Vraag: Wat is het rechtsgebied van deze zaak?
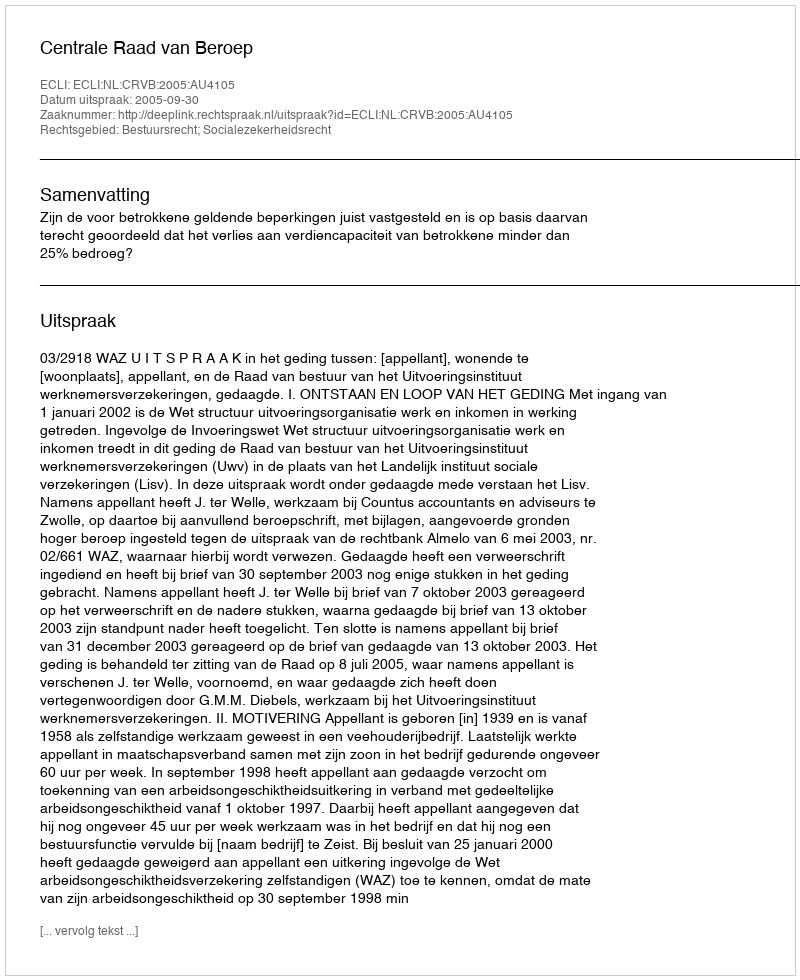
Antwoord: Bestuursrecht; Socialezekerheidsrecht